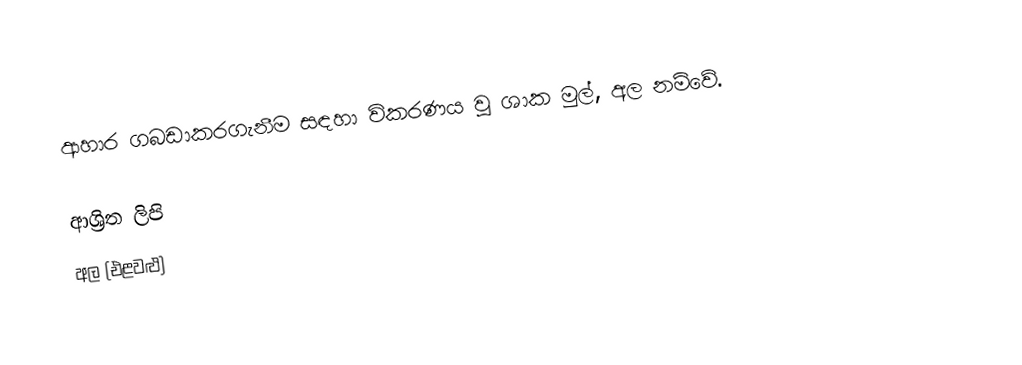
ආහාර ගබඩාකරගැනීම සඳහා විකරණය වූ ශාක මුල්, අල නම්වේ.

ආශ්‍රිත ලිපි
 අල (එළවළු)